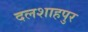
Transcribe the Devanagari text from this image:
दलशाहपुर